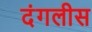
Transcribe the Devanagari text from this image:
दंगलीस